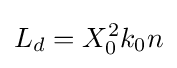
L_{d}=X_{0}^{2}k_{0}n